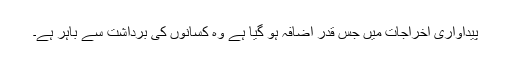
پیداواری اخراجات میں جس قدر اضافہ ہو گیا ہے وہ کسانوں کی برداشت سے باہر ہے۔